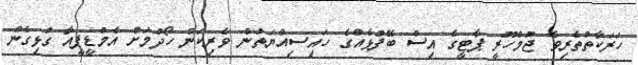
ހަރަކާތްތެރިވެ ޖުމްހޫރީ ޕާޓީގެ އިސް ބޭފުޅެއްގެ ހައިސިއްޔަތުން ވެރިކަން ހޯދުމަށް އެމްޑީޕީއާ ގުޅިގެން